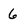
Character: 6